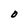
Character: 0